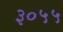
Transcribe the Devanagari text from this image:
३०५५